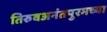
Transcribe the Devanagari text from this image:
तिरुवअनंतपुरमच्या